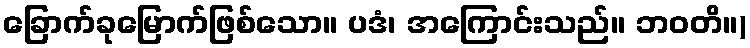
ခြောက်ခုမြောက်ဖြစ်သော။ ပဒံ၊ အကြောင်းသည်။ ဘဝတိ။)